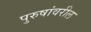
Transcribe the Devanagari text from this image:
पुरुषांवरील